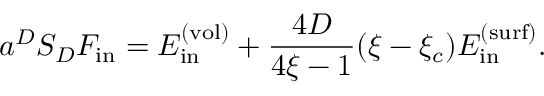
a ^ { D } S _ { D } F _ { \mathrm { i n } } = E _ { \mathrm { i n } } ^ { \mathrm { ( v o l ) } } + \frac { 4 D } { 4 \xi - 1 } ( \xi - \xi _ { c } ) E _ { \mathrm { i n } } ^ { \mathrm { ( s u r f ) } } .